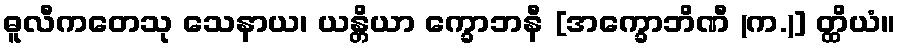
ဓူလီကတေသု သေနာယ၊ ယန္တိယာ က္ခောဘနီ [အက္ခောဘိဏီ (က.)] တ္ထိယံ။